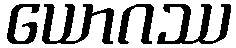
ယောဂဿ